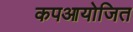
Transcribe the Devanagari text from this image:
कपआयोजित